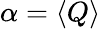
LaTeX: \alpha=\langle Q\rangle